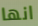
انها